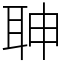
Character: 䎶